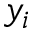
y _ { i }